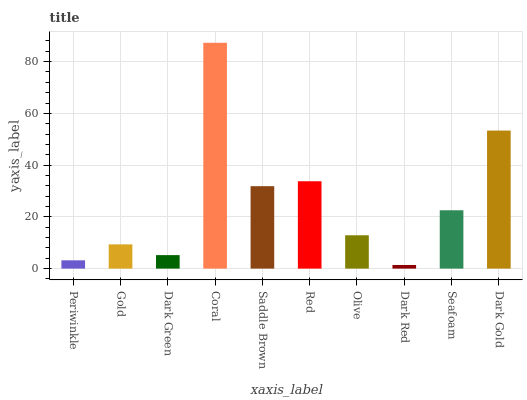
| xaxis_label | bars |
 | --- | --- |
 | Periwinkle | 3.2 |
 | Gold | 9.37 |
 | Dark Green | 5.22 |
 | Coral | 87.3 |
 | Saddle Brown | 31.9 |
 | Red | 33.8 |
 | Olive | 12.9 |
 | Dark Red | 1.4 |
 | Seafoam | 22.6 |
 | Dark Gold | 53.4 |